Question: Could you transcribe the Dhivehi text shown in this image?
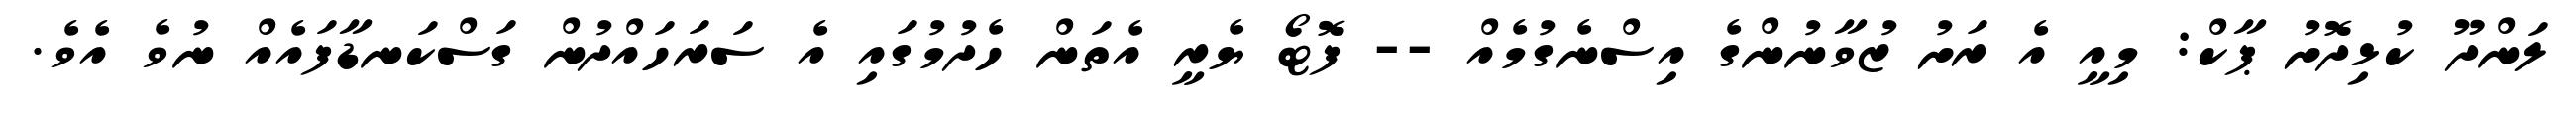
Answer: ލަންދޫ ކުޅިދޮށު ޕާކް: މިއީ އެ ރަށު ޒުވާނުންގެ އިސްނެގުމެއް -- ފޮޓޯ ޔެރީ އެތަން ހެދުމުގައި އެ ސަރަހައްދުން ގަސްކަނޑާފައެއް ނުވެ އެވެ.